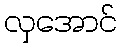
လှအောင်